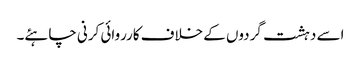
اسے دہشت گردوں کے خلاف کارروائی کرنی چاہئے۔